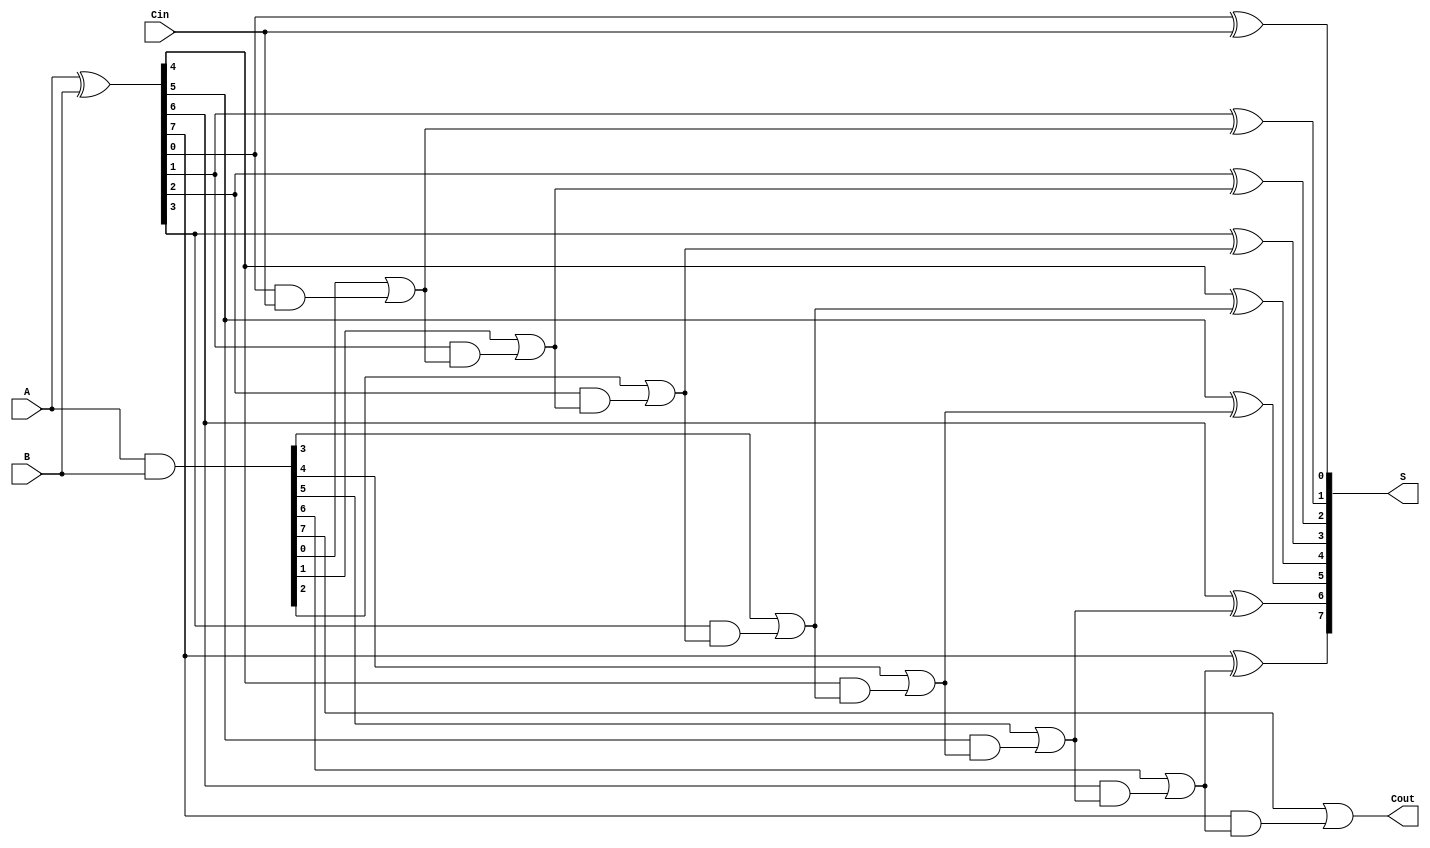
module SklanskyAdder #(
    parameter N = 8  // Number of bits
)(
    input [N-1:0] A,  // First operand
    input [N-1:0] B,  // Second operand
    input Cin,        // Carry in
    output [N-1:0] S, // Sum output
    output Cout       // Carry out
);

    // Generate and Propagate signals
    wire [N-1:0] G; // Generate
    wire [N-1:0] P; // Propagate
    wire [N:0] C;   // Carry

    // Generate and Propagate calculations
    assign G = A & B;             // G[i] = A[i] & B[i]
    assign P = A ^ B;             // P[i] = A[i] ^ B[i]
    
    // Carry bits calculation using the prefix structure
    assign C[0] = Cin;            // Initial carry-in

    genvar i, j;
    // Level 1: Direct connections
    generate
        for (i = 0; i < N; i = i + 1) begin : level1
            assign C[i+1] = G[i] | (P[i] & C[i]);
        end
    endgenerate
    
    // Sum calculation
    generate
        for (i = 0; i < N; i = i + 1) begin : sum_calculation
            assign S[i] = P[i] ^ C[i]; // S[i] = P[i] ^ C[i-1]
        end
    endgenerate
    
    // Carry out
    assign Cout = C[N];            // Final carry out

endmodule